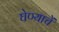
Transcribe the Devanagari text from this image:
घेण्याचें